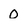
Character: 0